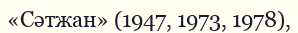
«Сәтжан» (1947, 1973, 1978),